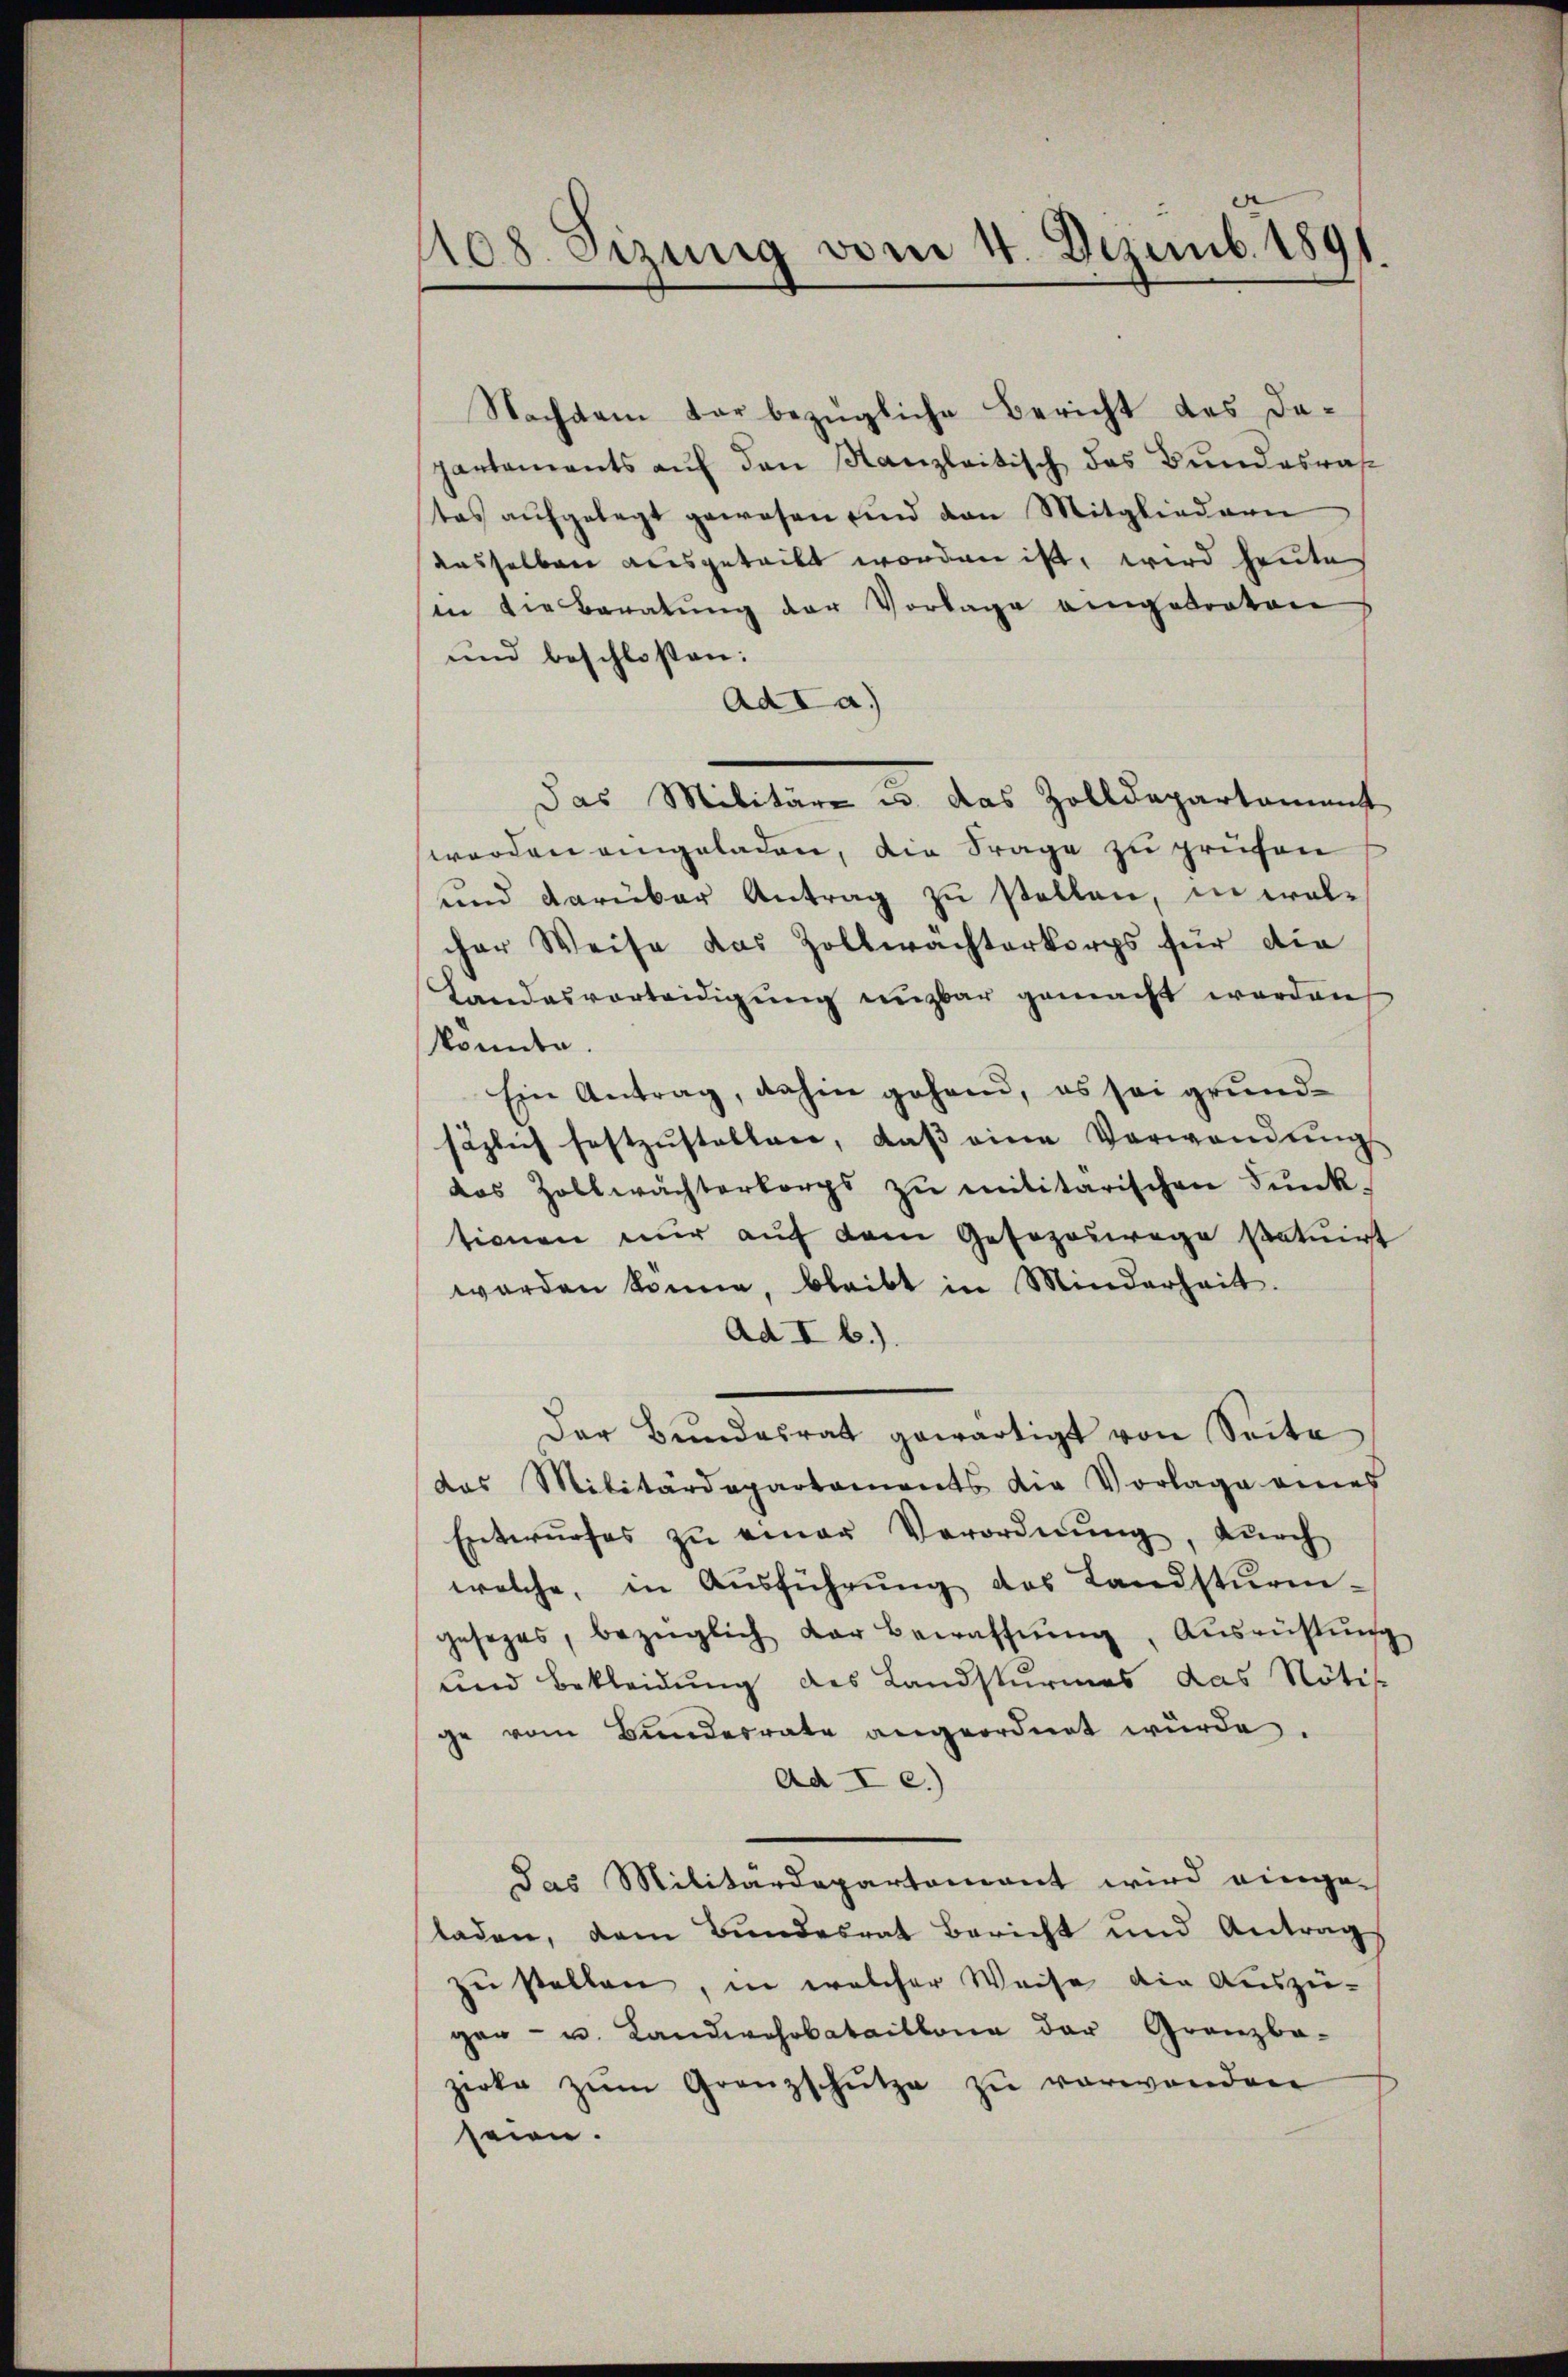
108. Sizung vom 4. Dezemb. 1891.

Nachdem dar bezügliche Bericht des dapartements auf den Kanzleitisch des Bundesrat
tas aŭfgelegt gewesen sind den Mitgliedern
aasselben ausgeteilt worden ist, wird heute
sin die Beratŭng der Vorlage angetreten
und beschlossen:
Ad I a.)
Das Militäre u. das Zolldepartament
werden eingeladen, die Frage zu prüfen
und darüber Antrag zu stellen, in wol-
cher Weise das Zollwachterkorps für die
Landesvorteidigŭng ŭnzbar gemacht werden,
Monta
Ein Antrag, dahin gehend, es sei grundsäzlich festzŭstellen, daβ eine Verwendŭngs
das Zollwächterbergs zŭ militarischen Pŭnk-
tionen nur auf dem Gesezeswege statuirt
worden könne, bleibt in Minderheit.
Ad I b.)
Der Bŭndesrat gewärtigt von Seite
das Militärdepartaments die Vorlage eines
Entwŭrfes zŭ einer Verordnŭng, dŭrch
welche, in Ausführŭng des Landsturm-
gesezes, bezüglich der Bewaffnŭng, Aŭsrichtŭng
und Bekleidung des Landsturmes das Nötis
ge vom Bunderrate angeordnet würde.
Ad I c.)
das Militärdepartement wird eingesladen, dem Bundesrat Bericht und Antrags
zu stellen, in welcher Weise die Auszie-
ger- u. Landwehrbataillona der Gränz(...)
zirke zŭm Granzschütze zŭ verwanden
seien.